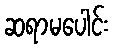
ဆရာမပေါင်း